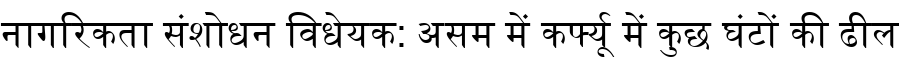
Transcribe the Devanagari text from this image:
नागरिकता संशोधन विधेयक: असम में कर्फ्यू में कुछ घंटों की ढील